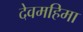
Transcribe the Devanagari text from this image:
देवमहिमा